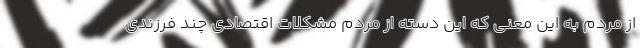
از مردم به این معنی که این دسته از مردم مشکلات اقتصادی چند فرزندی